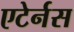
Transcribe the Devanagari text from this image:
एटेर्नस